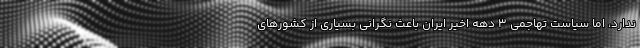
ندارد، اما سیاست تهاجمی 3 دهه اخیر ایران باعث نگرانی بسیاری از کشورهای